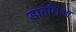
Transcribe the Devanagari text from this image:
डाहलिआ